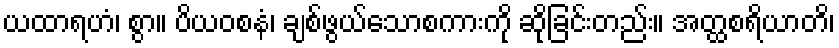
ယထာရဟံ၊ စွာ။ ပိယဝစနံ၊ ချစ်ဖွယ်သောစကားကို ဆိုခြင်းတည်း။ အတ္ထစရိယာတိ၊